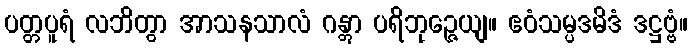
ပတ္တပူရံ လဘိတွာ အာသနသာလံ ဂန္တွာ ပရိဘုဉ္ဇေယျ။ ဧဝံသမ္ပဒမိဒံ ဒဋ္ဌဗ္ဗံ။